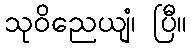
သုဝိညေယျံ၊ ပြီ။